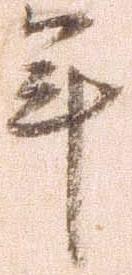
年